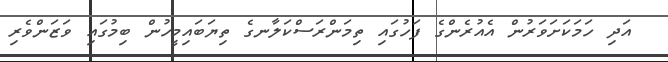
އަދި ހަމަކަށަވަރުން އެއުރެންގެ ފަހުގައި ތިމަންރަސްކަލާނގެ ތިޔަބައިމީހުން ބިމުގައި ވަޒަންވެރި